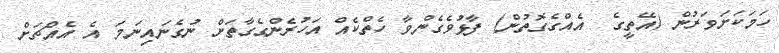
ހަމަކަށަވަރުން (އޭތީގެ  އެއްގެގޮތުން) ފާޅުވެގެންވާ ހެތްކެއް އަހުރެންގެގާތަށް ނުގެނައިނަމަ އެ އެއްޗަށް